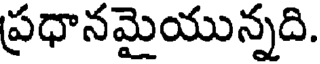
ప్రధానమైయున్నది.